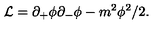
{ \cal L } = \partial _ { + } \phi \partial _ { - } \phi - m ^ { 2 } \phi ^ { 2 } / 2 .